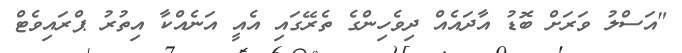
"އަސްލު ވަރަށް ބޮޑު އާދައެއް ދިވެހިންގެ ތެރޭގައި އެއީ އަނެއްކާ އިތުރު ޕްރައިވެޓް